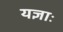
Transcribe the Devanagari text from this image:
यज्ञाः